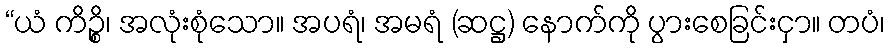
“ယံ ကိဉ္စိ၊ အလုံးစုံသော။ အပရံ၊ အမရံ (ဆဋ္ဌ) နောက်ကို ပွားစေခြင်းငှာ။ တပံ၊